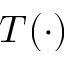
T ( \cdot )